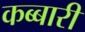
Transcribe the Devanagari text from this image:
कब्बारी